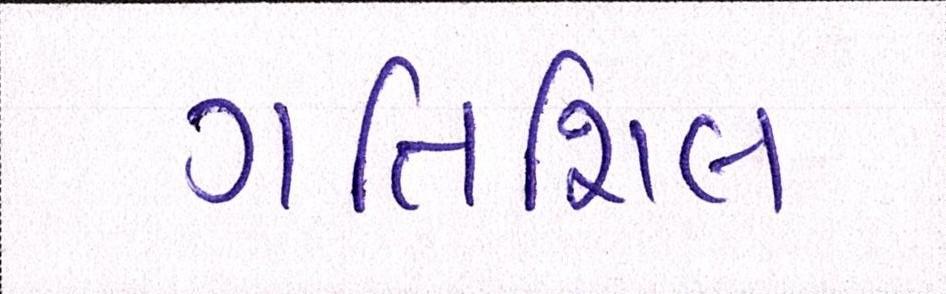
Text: ગતિશિલ